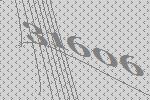
31606